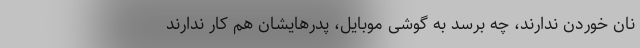
نان خوردن ندارند، چه برسد به گوشی موبایل، پدرهایشان هم کار ندارند